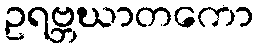
ဥရဗ္ဘဃာတကော